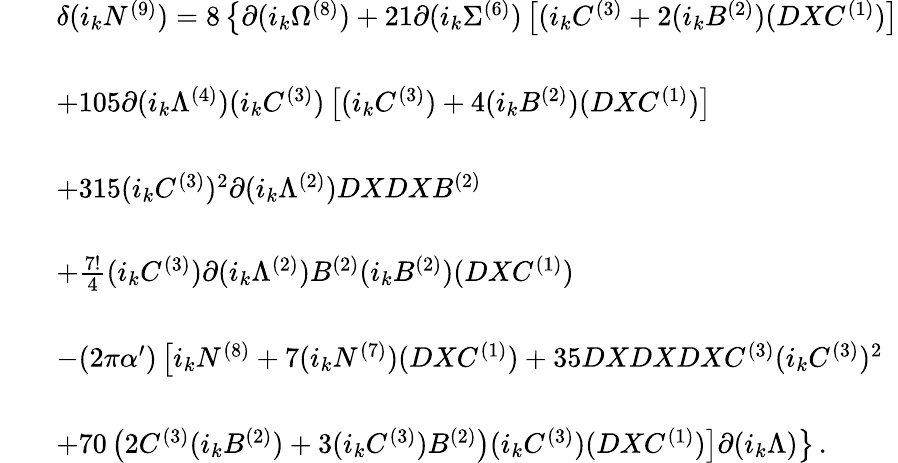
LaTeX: \begin{array}{rcl}{{}}&{{}}&{{\delta(i_{k}N^{(9)})=8\left\{ \partial(i_{k}\Omega^{(8)})+21\partial(i_{k}\Sigma^{(6)})\left[(i_{k}C^{(3)}+2(i_{k}B^{(2)})(DXC^{(1)})\right]\right.}}\\ {{}}&{{}}&{{}}\\ {{}}&{{}}&{{+105\partial(i_{k}\Lambda^{(4)})(i_{k}C^{(3)})\left[(i_{k}C^{(3)})+4(i_{k}B^{(2)})(DXC^{(1)})\right]}}\\ {{}}&{{}}&{{}}\\ {{}}&{{}}&{{+315(i_{k}C^{(3)})^{2}\partial(i_{k}\Lambda^{(2)})DXDXB^{(2)}}}\\ {{}}&{{}}&{{}}\\ {{}}&{{}}&{{+\frac{7!}{4}(i_{k}C^{(3)})\partial(i_{k}\Lambda^{(2)})B^{(2)}(i_{k}B^{(2)})(DXC^{(1)})}}\\ {{}}&{{}}&{{}}\\ {{}}&{{}}&{{-(2\pi\alpha^{\prime})\left[i_{k}N^{(8)}+7(i_{k}N^{(7)})(DXC^{(1)})+35DXDXDXC^{(3)}(i_{k}C^{(3)})^{2}\right.}}\\ {{}}&{{}}&{{}}\\ {{}}&{{}}&{{\left.\left.+70\left(2C^{(3)}(i_{k}B^{(2)})+3(i_{k}C^{(3)})B^{(2)}\right)(i_{k}C^{(3)})(DXC^{(1)})\right]\partial(i_{k}\Lambda)\right\} \, .}}\end{array}